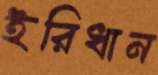
ইরিধান